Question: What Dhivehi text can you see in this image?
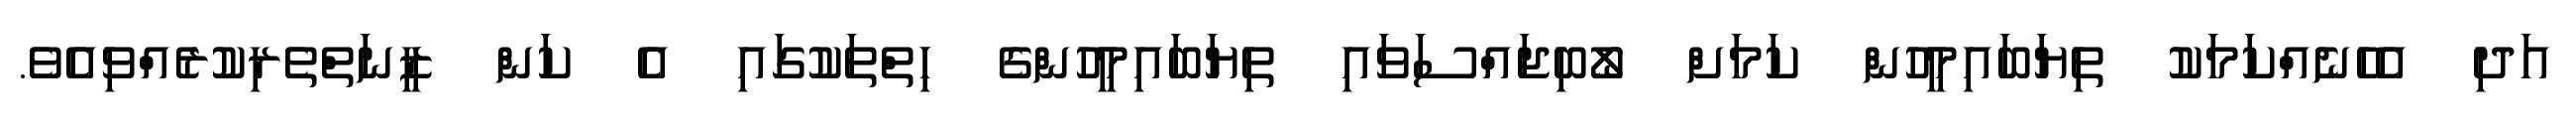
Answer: އަދި އެހެނެއްކަމަކު ތިޔަބައިމީހުން ކަމަށް ލޯބިޖައްސަވައި ތިޔަބައިމީހުންގެ ހިތްތަކުގައި އެ ކަން ޒީނަތްތެރިކުރެއްވިއެވެ.